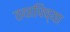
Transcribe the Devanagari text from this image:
तथापिच्या